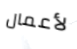
لأعمال